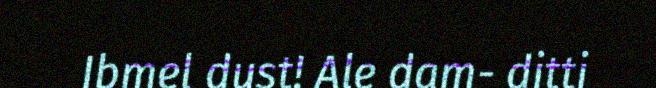
Ibmel dust! Ale dam- ditti